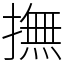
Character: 撫